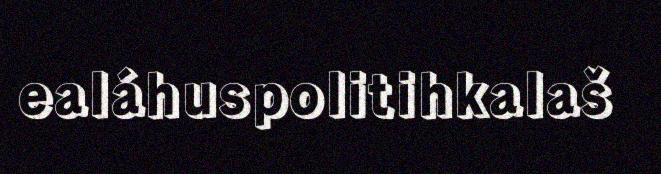
ealáhuspolitihkalaš